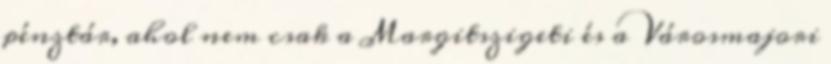
pénztár, ahol nem csak a Margitszigeti és a Városmajori